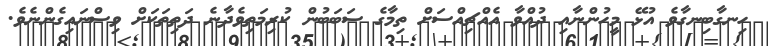
ހިނގާބިނގާވެ އުޅޭ މީހުންނާއި ދުއްވާ އެއްޗިއްސަށް ތިމާގެ ސަބަބުން ކުރިމަތިވެދާނެ ދަތިތަކަށް ވިސްނައިގެންނެވެ.